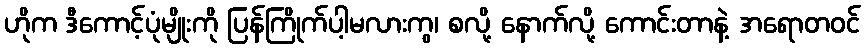
ဟိုက ဒီကောင့်ပုံမျိုးကို ပြန်ကြိုက်ပါ့မလားကွ၊ စလို့ နောက်လို့ ကောင်းတာနဲ့ အရောတဝင်